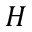
H